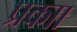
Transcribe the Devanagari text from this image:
प्रकाा